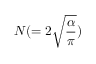
N ( = 2 \sqrt { \frac { \alpha } { \pi } } )